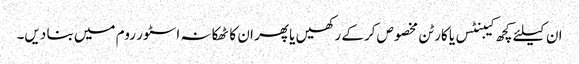
ان کیلئے کچھ کیبنٹس یا کارٹن مخصوص کرکے رکھیں یا پھر ان کا ٹھکانہ اسٹور روم میں بنا دیں۔